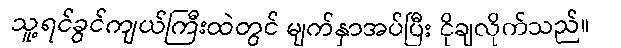
သူ့ရင်ခွင်ကျယ်ကြီးထဲတွင် မျက်နှာအပ်ပြီး ငိုချလိုက်သည်။